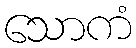
သောကံ